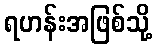
ရဟန်းအဖြစ်သို့